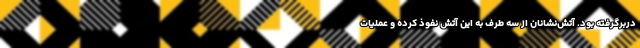
دربرگرفته بود. آتش‌نشانان از سه طرف به این آتش نفوذ کرده و عملیات